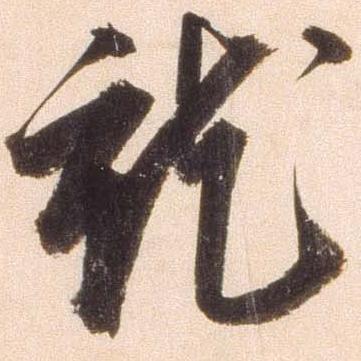
就